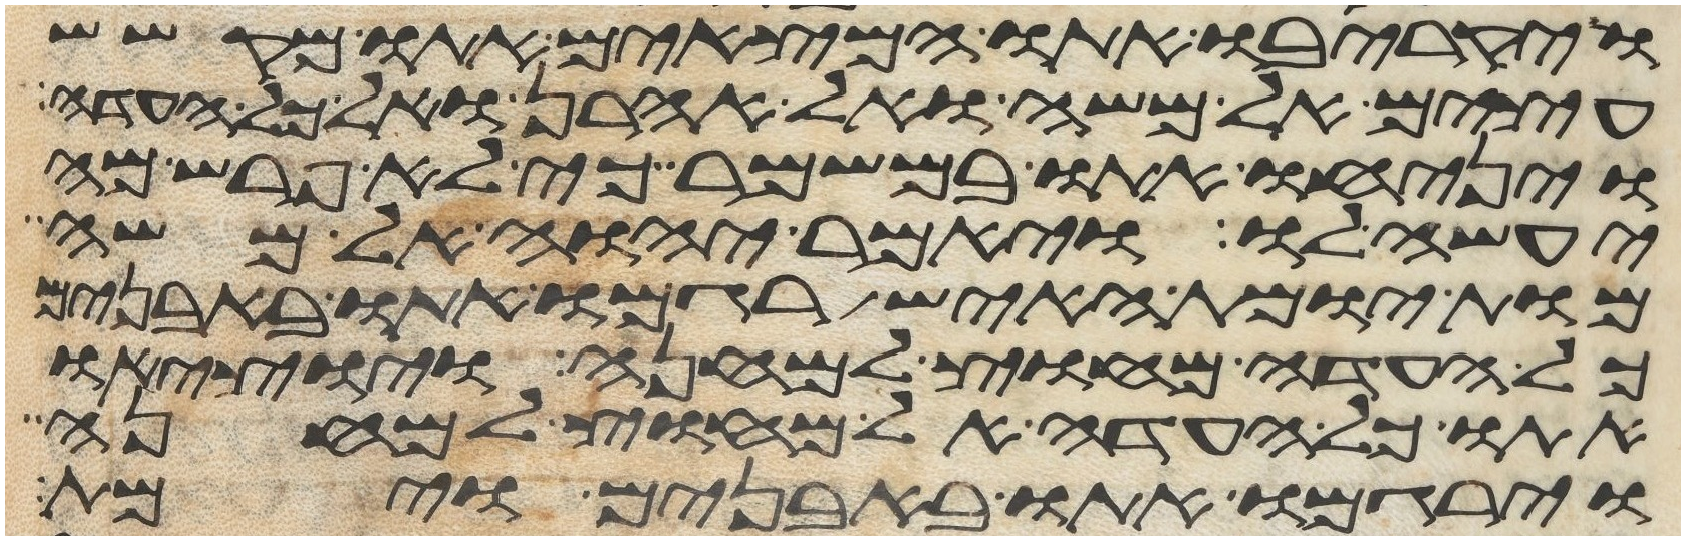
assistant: ויקריבו אתו המצאים אתו מקשש
עצים אל משה ואל אהרן ואל כל העדה
ויניחו אתו במשמר כי לא פרש מה
יעשה לו ויאמר יהוה אל משה
מות יומת האיש רגמו אתו באבנים
כל העדה מחוץ למחנה ויוציאו
אתו כל העדה אל מחוץ למחנה
וירגמו אתו באבנים וימת